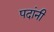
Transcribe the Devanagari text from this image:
पदांनी